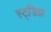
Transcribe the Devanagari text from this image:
स्ट्डिझ